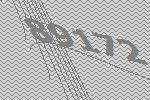
89172